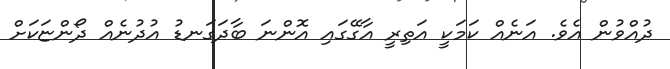
ދުއްވުން އެވެ. އަނެއް ކަމަކީ އަތިރީ އާގޭގައި އޮންނަ ބާދަގަނޑު އުދުނެއް ދޯންޏަކަށް